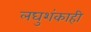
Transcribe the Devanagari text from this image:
लघुशंकाही